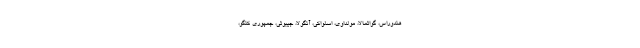
هندوراس، گواتمالا، مولداوی، اسلواکی، آنگولا، جیبوتی، جمهوری کنگو،